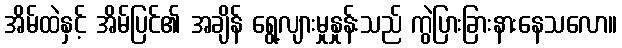
အိမ်ထဲနှင့် အိမ်ပြင်၏ အချိန် ရွေ့လျားမှုနှုန်းသည် ကွဲပြားခြားနားနေသလော။